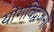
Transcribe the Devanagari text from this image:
योगविद्वजनों